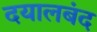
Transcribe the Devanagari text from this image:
दयालबंद